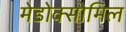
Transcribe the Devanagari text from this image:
मेडोक्सोमिल